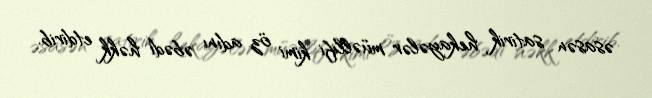
əsasən satirik hekayələr müəllifi kimi öz adını əbədi həkk etdirib.